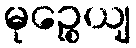
မုဉ္စေယျ